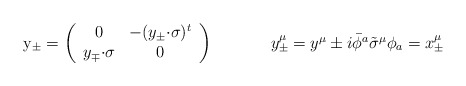
\begin{align*}\begin{array}{cc}{\rm y}_{\pm}=\left(\begin{array}{cc}0&-(y_{\pm}{\cdot\sigma})^{t}\\y_{\mp}{\cdot\sigma}&0\end{array}\right)~~~~&~~~~y^{\mu}_{\pm}=y^{\mu}\pm i\bar{\phi}{}^{a}\tilde{\sigma}^{\mu}\phi_{a}=x^{\mu}_{\pm}\end{array}\end{align*}